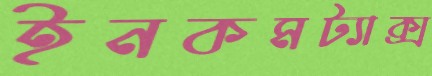
ইনকমট্যাক্স